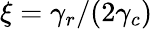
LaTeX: \xi=\gamma_{r}/(2\gamma_{c})